Civil Veterinary Department. Central Provinces & Berar 1932-41 - 1932-1941
Year: 1932
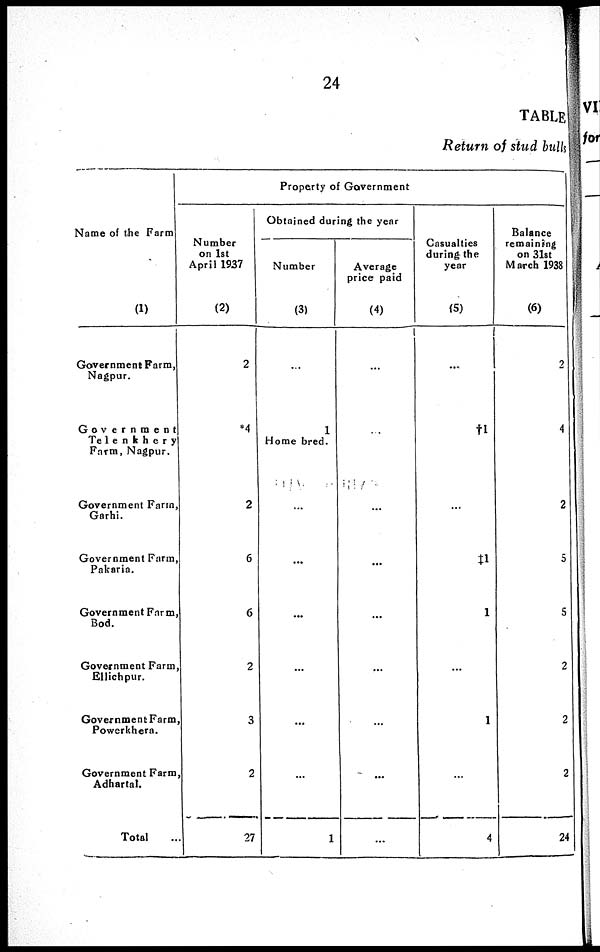
24
TABLE
Return of stud bulls
Name of the Farm
(1)
Government Farm,
Nagpur.
Government
Telenkhery
Form, Nagpur.
Government Farm,
Garhi.
Government Farm,
Pakaria.
Government Farm,
Bod.
Government Farm,
Ellichpur.
Government Farm
Powerkhera.
Government Farm
Adhartat.
Total
Property of Government
Number
on 1st
April 1937
(2)
2
*4
2
6
6
2
3
2
27
Obtained during the year
Number
(3)
...
1
Home bred.
...
...
...
...
...
...
1
Average
price paid
(4)
...
...
...
...
...
...
...
...
...
Casualties
during the
year
(5)
...
†1
...
‡1
1
...
1
...
4
Balance
remaining
on 31st
March 1938
(6)
2
4
2
5
5
2
2
2
24